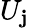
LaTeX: U_{\mathbf{j}}